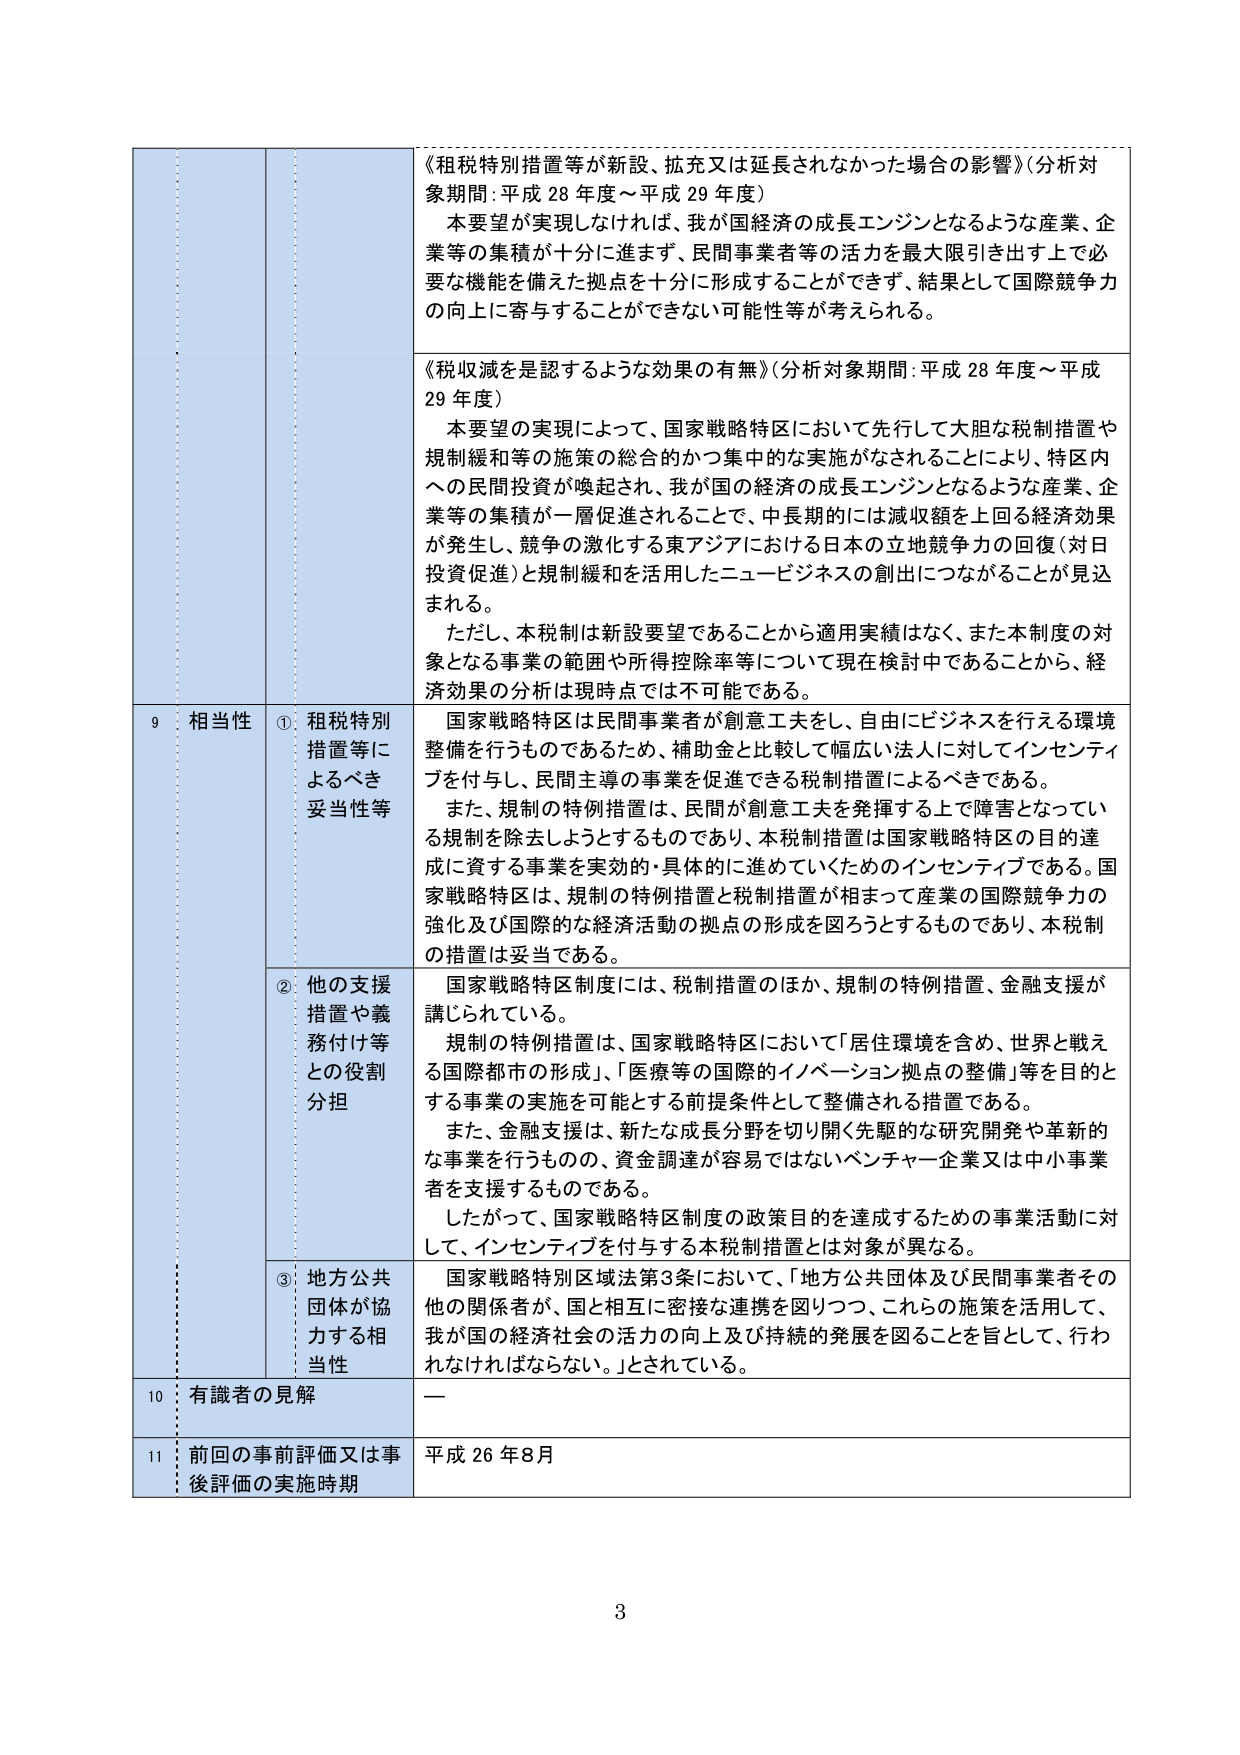
《租税特別措置等が新設、拡充又は延長されなかった場合の影響》（分析対象期間：平成28年度～平成29年度）
本要望が実現しなければ、我が国経済の成長エンジンとなるような産業、企業等の集積が十分に進まず、民間事業者等の活力を最大限引き出す上で必要な機能を備えた拠点を十分に形成することができず、結果として国際競争力の向上に寄与することができない可能性等が考えられる。

《税収減を是認するような効果の有無》（分析対象期間：平成28年度～平成29年度）
本要望の実現によって、国家戦略特区において先行して大胆な税制措置や規制緩和等の施策の総合的かつ集中的な実施がされることにより、特区内への民間投資が喚起され、我が国の経済の成長エンジンとなるような産業、企業等の集積が一層促進されることで、中長期的には減収額を上回る経済効果が発生し、競争の激化する東アジアにおける日本の立地競争力の回復（対日投資促進）と規制緩和を活用したニュービジネスの創出につながることが見込まれる。
ただし、本税制は新設要望であることから適用実績はなく、また本制度の対象となる事業の範囲や所得控除率等について現在検討中であることから、経済効果の分析は現時点では不可能である。

9 相当性
① 租税特別措置等によるべき妥当性等
国家戦略特区は民間事業者が創意工夫をし、自由にビジネスを行える環境整備を行うものであるため、補助金と比較して幅広い法人に対してインセンティブを付与し、民間主導の事業を促進できる税制措置によるべきである。
また、規制の特例措置は、民間が創意工夫を発揮する上で障害となっている規制を除去しようとするものであり、本税制措置は国家戦略特区の目的達成に資する事業を実効的・具体的に進めていくためのインセンティブである。国家戦略特区は、規制の特例措置と税制措置が相まって産業の国際競争力の強化及び国際的な経済活動の拠点の形成を図ろうとするものであり、本税制の措置は妥当である。

② 他の支援措置や義務付け等との役割分担
国家戦略特区制度には、税制措置のほか、規制の特例措置、金融支援が講じられている。
規制の特例措置は、国家戦略特区において「居住環境を含め、世界と戦える国際都市の形成」、「医療等の国際的イノベーション拠点の整備」等を目的とする事業の実施を可能とする前提条件として整備される措置である。
また、金融支援は、新たな成長分野を切り開く先駆的な研究開発や革新的な事業を行うものの、資金調達が容易ではないベンチャー企業又は中小事業者を支援するものである。
したがって、国家戦略特区制度の政策目的を達成するための事業活動に対して、インセンティブを付与する本税制措置とは対象が異なる。

③ 地方公共団体が協力する相当性
国家戦略特区区域法第3条において、「地方公共団体及び民間事業者その他の関係者が、国と相互に密接な連携を図りつつ、これらの施策を活用して、我が国の経済社会の活力の向上及び持続的発展を図ることを旨として、行われなければならない。」とされている。

10 有識者の見解
—

11 前回の事前評価又は事後評価の実施時期
平成26年8月

3